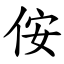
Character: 侒